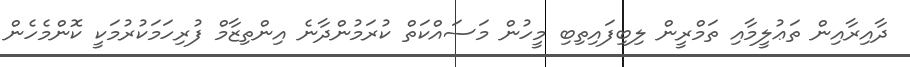
ދާއިރާއިން ތަޢުލީމާއި ތަމްރީން ލިބިފައިތިބި މީހުން މަސައްކަތް ކުރަމުންދާނެ އިންތިޒާމް ފުރިހަމަކުރުމަކީ ކޮންމެހެން